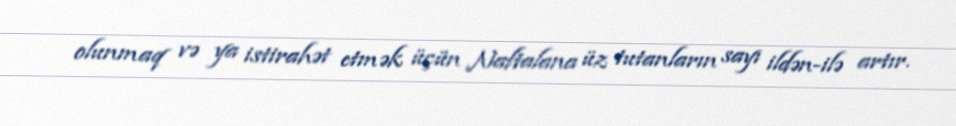
olunmaq və ya istirahət etmək üçün Naftalana üz tutanların sayı ildən-ilə artır.